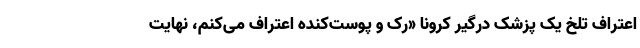
اعتراف تلخ یک پزشک درگیر کرونا «رک و پوست‌کنده اعتراف می‌کنم، نهایت